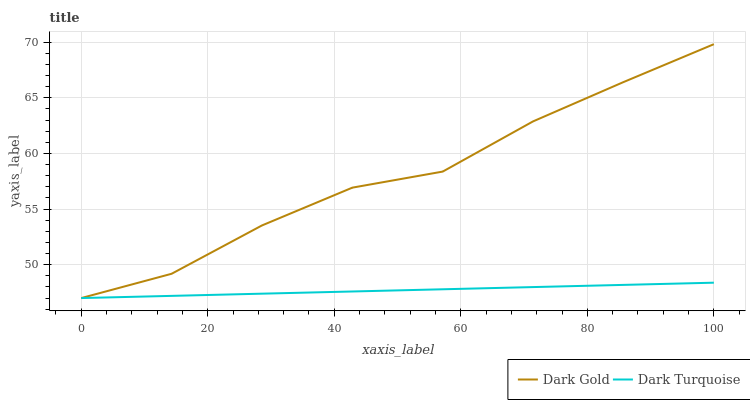
| xaxis_label | Dark Gold | Dark Turquoise |
 | --- | --- | --- |
 | 0 | 47 | 47 |
 | 14.3 | 49.2 | 47.2 |
 | 28.6 | 53.5 | 47.4 |
 | 42.9 | 56.9 | 47.6 |
 | 57.1 | 58.4 | 47.8 |
 | 71.4 | 62.9 | 48 |
 | 85.7 | 66.4 | 48.2 |
 | 100 | 69.8 | 48.4 |